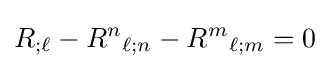
R_{;\ell }-R^{n}{}_{\ell ;n}-R^{m}{}_{\ell ;m}=0